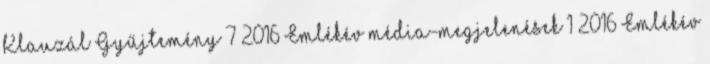
Klauzál Gyűjtemény 7 2016 Emlékév média-megjelenések 1 2016 Emlékév